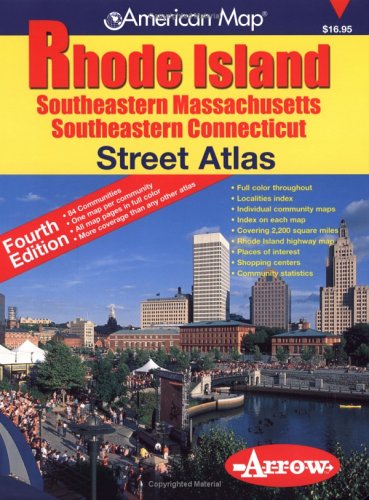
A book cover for Rhode Island Atlas; Arrow Map Inc.; Travel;